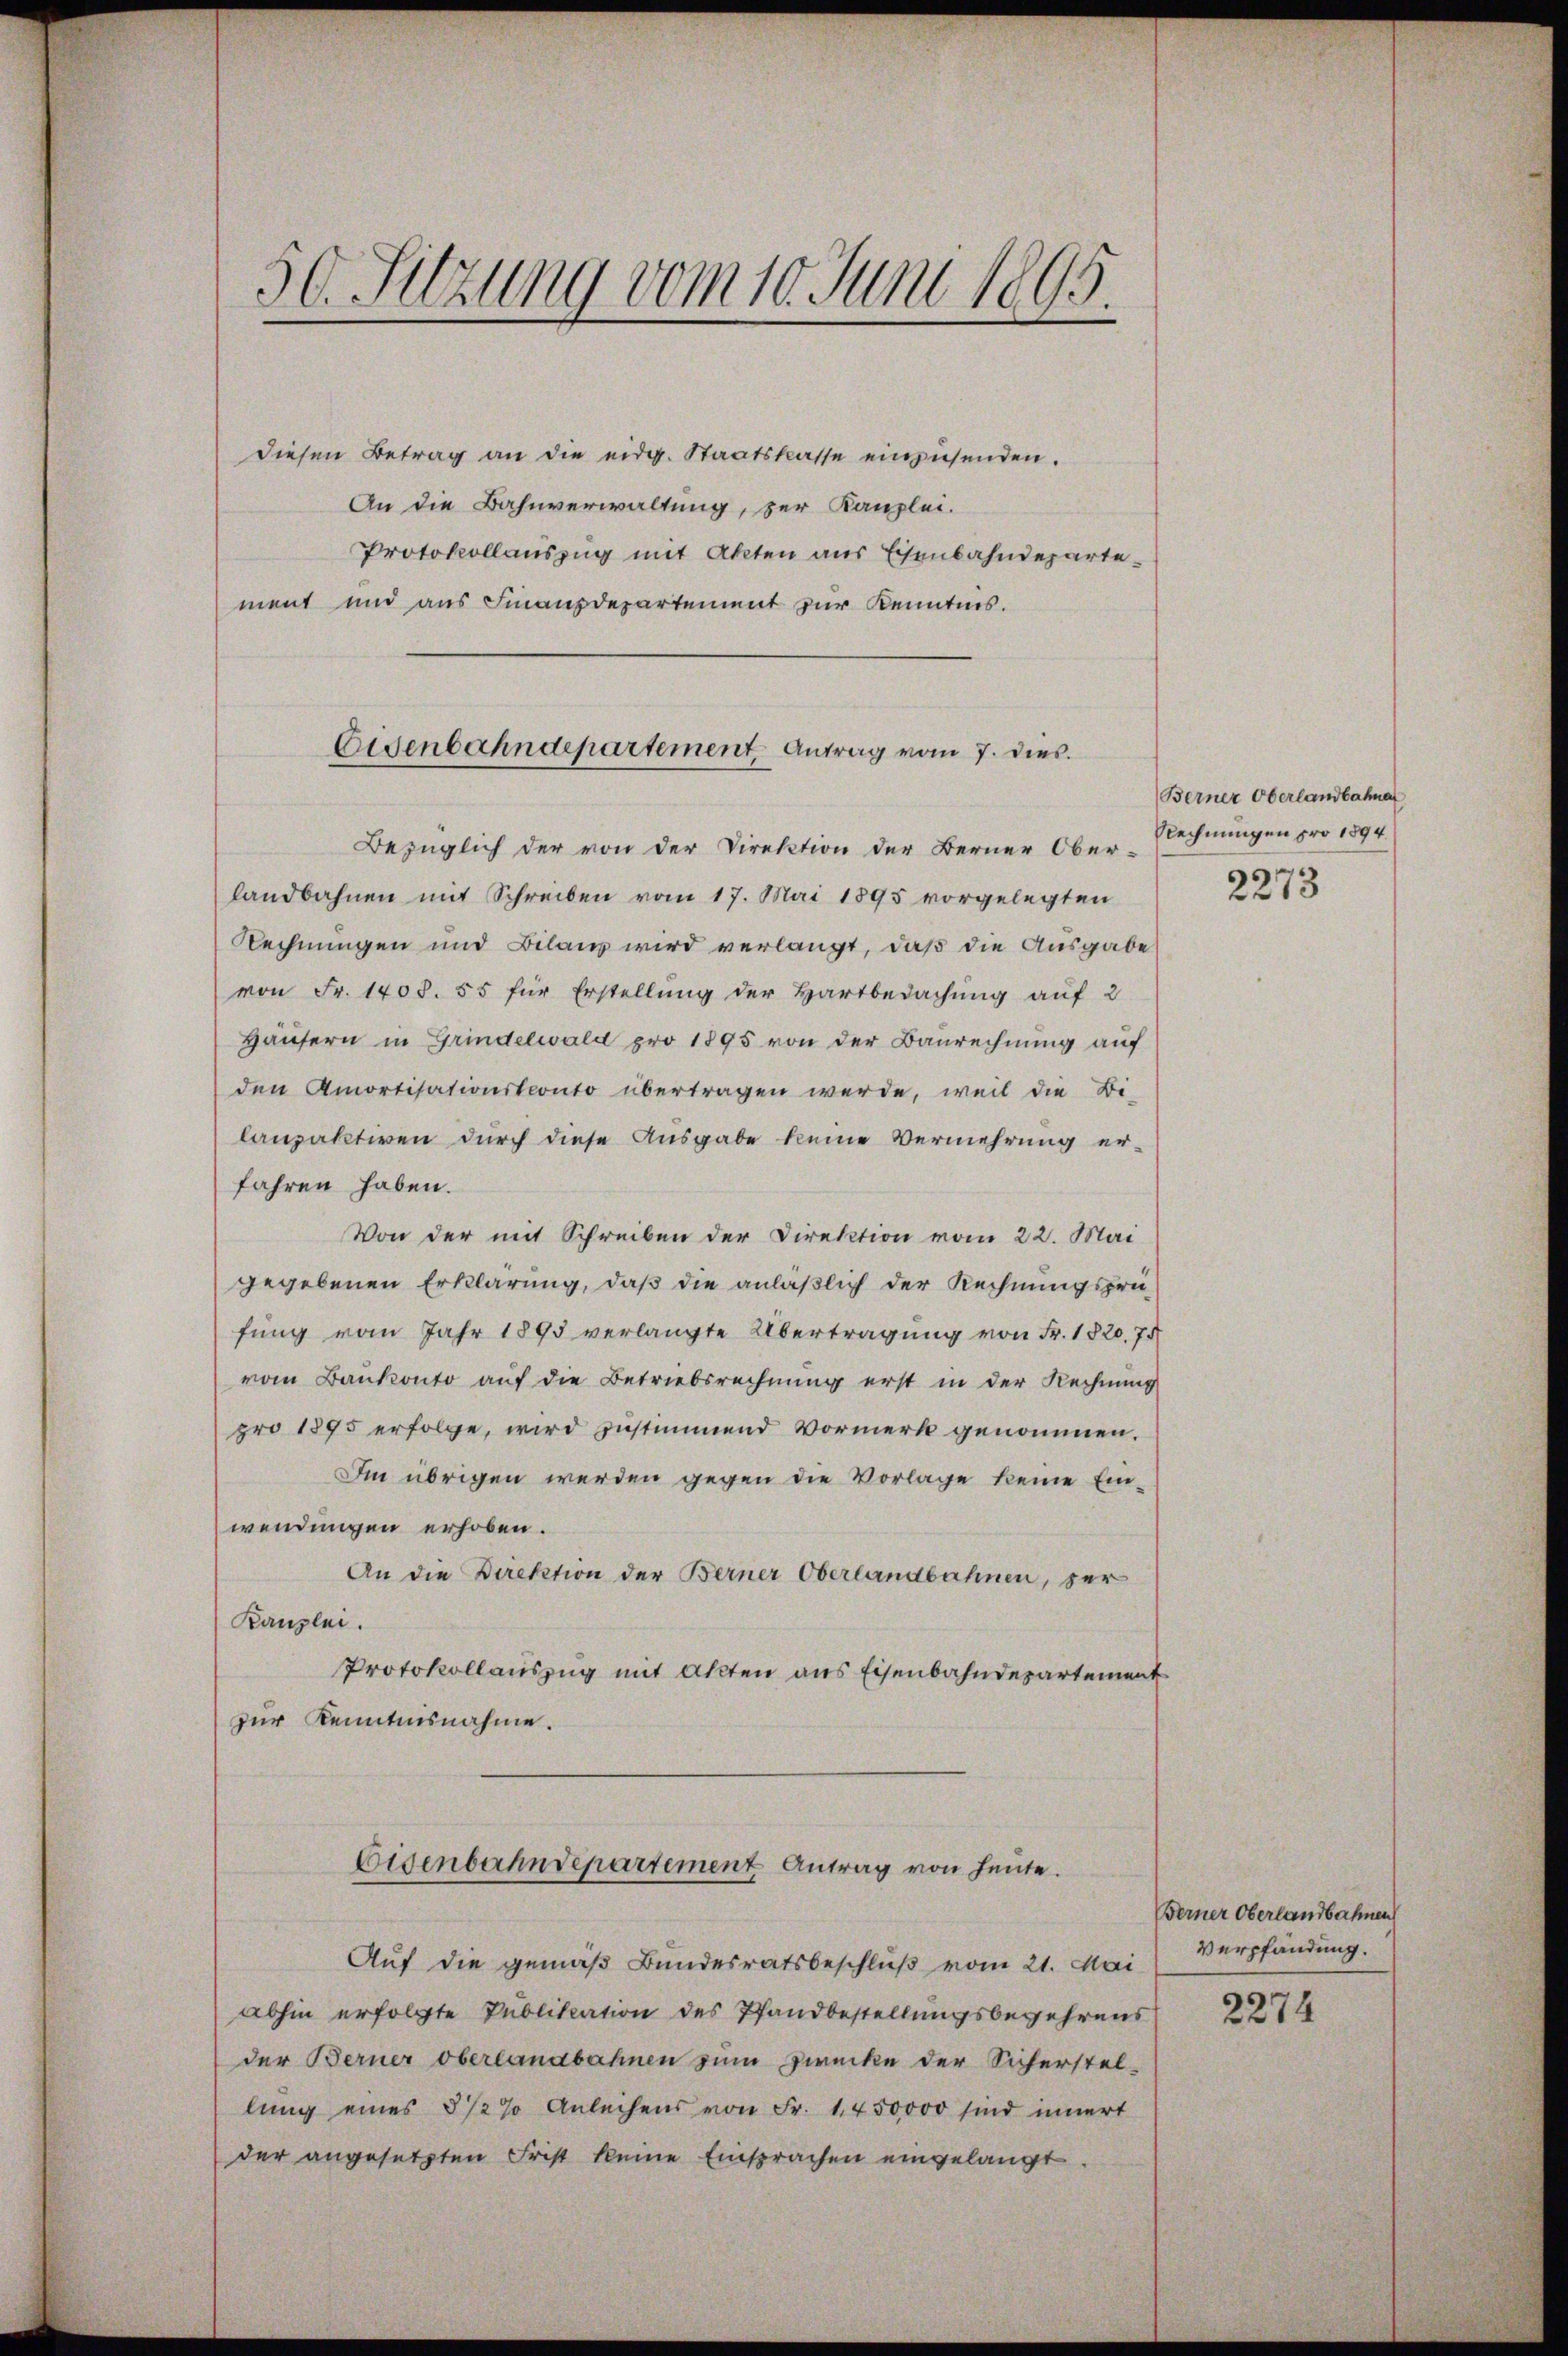
50. Sitzung vom 10. Juni 1895.

diesen Betrag an die eidg. Staatskasse einzusenden.
An die Bahnverwaltung, zur Kanzlei.
Protokollauszug mit Akten aus Eisenbahndepartement und aus Finanzdepartement zur Kenntnis.

Eigenbahndepartement Antrag vom 7. dies

Bezüglich der von der Direktion der Berner Ober-
landbahnen mit Schreiben vom 17. Mai 1895 vorgelegten
Rechnungen und Bilanz wird verlangt, daß die Ausgabe
von Fr. 1408. 55 für Erstellung der Hartbedachung auf 2
Häusern in Grindelwald pro 1895 von der Baurechnung auf
den Amortisationskonto übertragen werde, weil die Bi-
lanpaktiven durch diese Ausgabe keine Vermehrung er-
fahren haben.
Von der mit Schreiben der Direktion vom 22. Mai
gegebenen Erklärung, daß die anläßlich der Rechnungsprüfung vom Jahr 1895 verlangte Übertragung von Fr. 1820. 75
vom Bankonto auf die Betriebsrechnung erst in der Rechnung
pro 1895 erfolge, wird zustimmend Vormerk genommen.
Im übrigen werden gegen die Vorlage keine Ein-
wendungen erhoben.
An die Direktion der Berner Oberlandbahnen, der
Kanzlei.
Protokollauszug mit Akten aus Eisenbahndepartement
zur Kenntnisnahme.
Eisenbahndepartement Antrag von heute.
Auf die gemäß Bundesratsbeschluß vom 21. Mai
abhin erfolgte Publikation des Pfandbestellungsbegehrens
der Berner Oberlangbahnen zum Zwecke der Sicherstel-
lŭng eines 3 1/2 % Anleihens von Fr. 1450000 sind innert
der angesetzten Frist keine Einsprachen eingelangt.

Berner Oberlandbahne
Rechnungen pro 1894.

2273

Berner Oberlandbahnen
Verpfandung.

2274